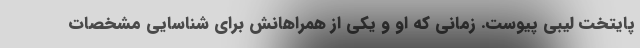
پایتخت لیبی پیوست. زمانی که او و یکی از همراهانش برای شناسایی مشخصات